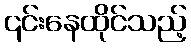
၎င်းနေထိုင်သည့်